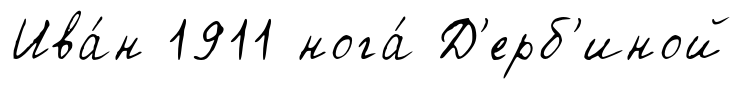
Ива́н 1911 нога́ Д'ерб'иной